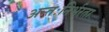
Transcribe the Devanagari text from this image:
अन्तःनिर्भरता